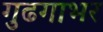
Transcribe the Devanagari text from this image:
गुढगाभर